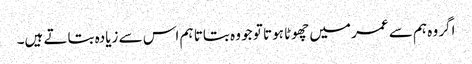
اگر وہ ہم سے عمر میں چھوٹا ہوتا تو جو وہ بتاتا ہم اس سے زیادہ بتاتے ہیں۔